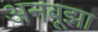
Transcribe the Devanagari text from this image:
अनबूझा